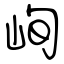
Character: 峋